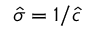
\boldsymbol { \hat { \sigma } } = 1 / \boldsymbol { \hat { c } }